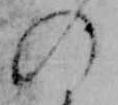
の